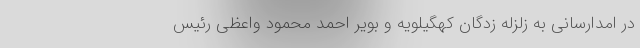
در امدارسانی به زلزله زدگان کهگیلویه و بویر احمد محمود واعظی رئیس